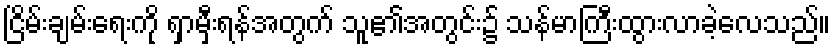
ငြိမ်းချမ်းရေးကို ရှာမှီးရန်အတွက် သူ၏အတွင်း၌ သန်မာကြီးထွားလာခဲ့လေသည်။